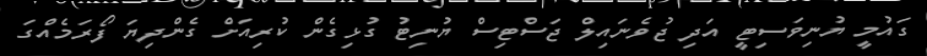
ގައުމީ ޔުނިވަސިޓީ އަދި ޖުވެނައިލް ޖަސްޓިސް ޔުނިޓު ގުޅިގެން ކުރިއަށް ގެންދިޔަ ފޯރަމެއްގަ